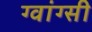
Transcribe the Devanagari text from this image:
ग्वांग्सी